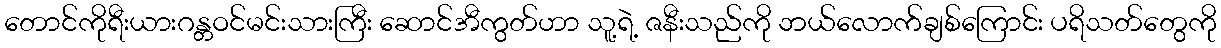
တောင်ကိုရီးယားဂန္တဝင်မင်းသားကြီး ဆောင်အီကွတ်ဟာ သူ့ရဲ့ ဇနီးသည်ကို ဘယ်လောက်ချစ်ကြောင်း ပရိသတ်တွေကို